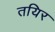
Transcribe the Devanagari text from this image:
तयिर